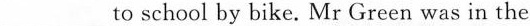
___to school by bike.Mr Green was in the